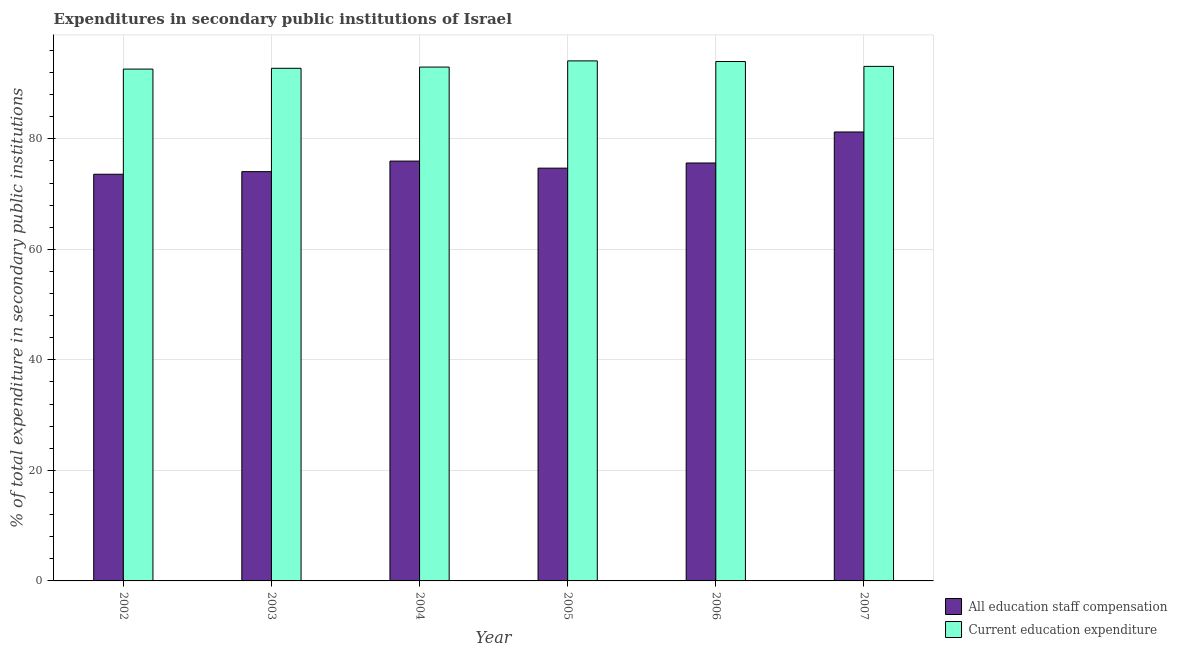
| Year | All education staff compensation | Current education expenditure |
 | --- | --- | --- |
 | 2002 | 73.6 | 92.6 |
 | 2003 | 74.1 | 92.8 |
 | 2004 | 76 | 93 |
 | 2005 | 74.7 | 94.1 |
 | 2006 | 75.6 | 94 |
 | 2007 | 81.2 | 93.1 |